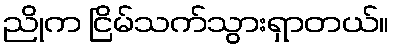
ညိုက ငြိမ်သက်သွားရှာတယ်။